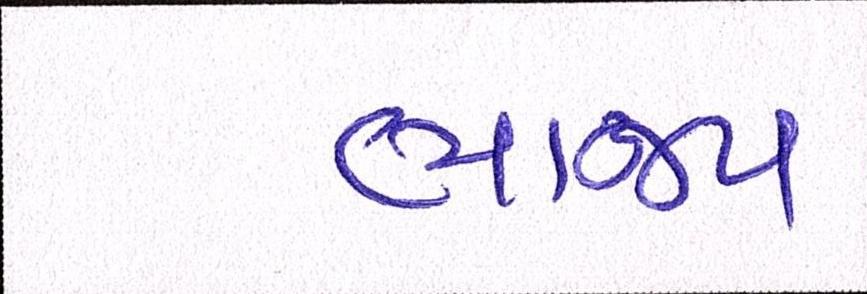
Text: ભાજપ